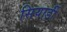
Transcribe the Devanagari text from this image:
सियार्डी